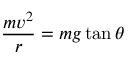
{ \frac { m v ^ { 2 } } { r } } = { m g \tan \theta }